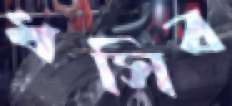
ধসিব